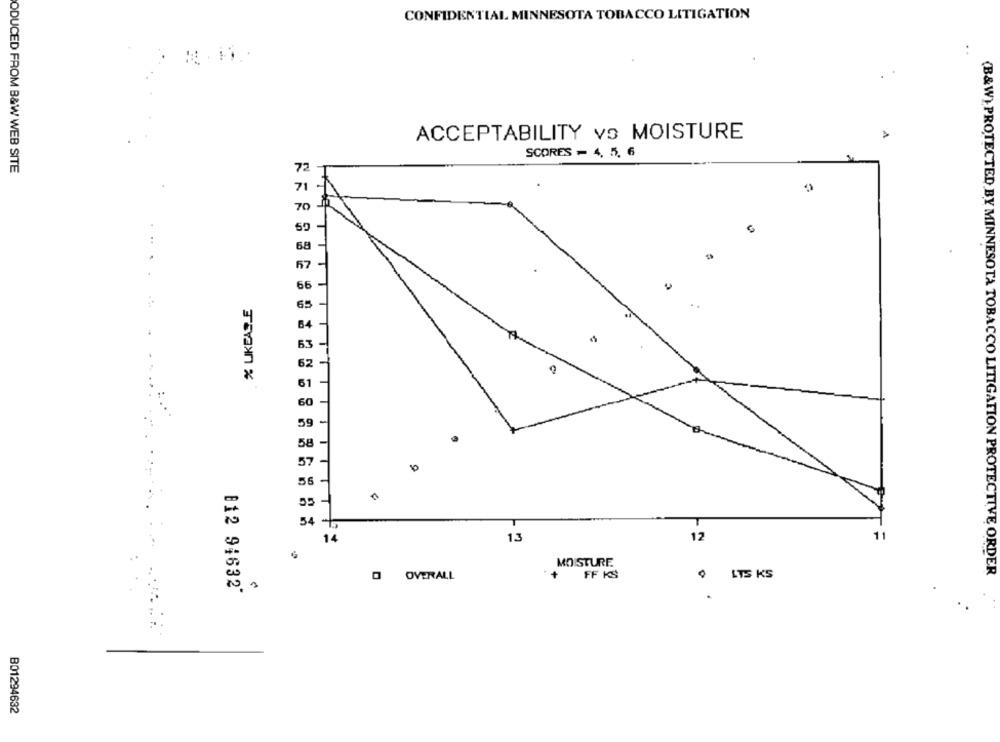
CONFIDENTIAL MINNESOTA TOBACCO LITIGATION
ACCEPTABILITY vs MOISTURE
SCORES - 4, 5, 6
ODUCED FROM B&W WEB SITE
72
70
50
67
66
65
64
53
62
61
60
59
58
57
10
56
54 -
11
14
13
12
MOISTURE
(B&W) PROTECTED BY MINNESOTA TOBACCO LITIGATION PROTECTIVE ORDER
O OVERALL
+
FF KS
LTS KS
812 94632*
B01294632